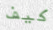
كيف